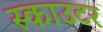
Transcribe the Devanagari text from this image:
स्काउटर